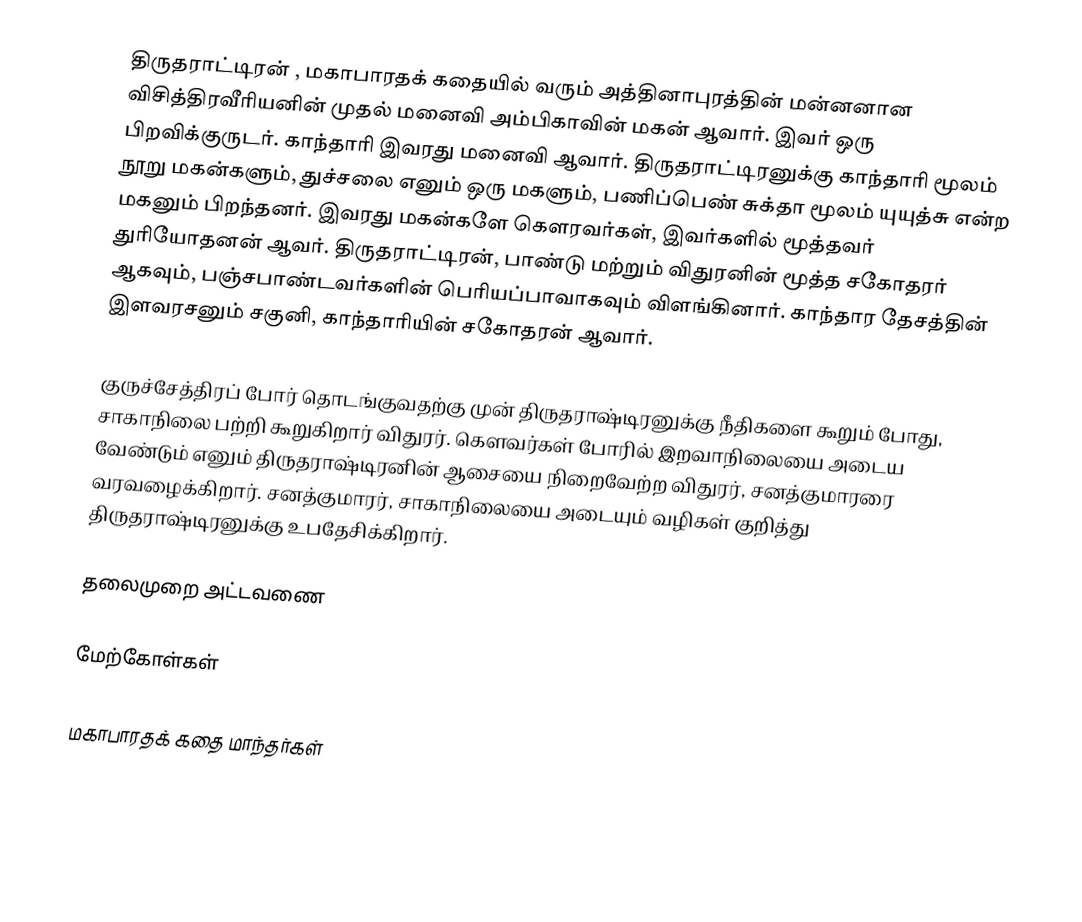
திருதராட்டிரன் , மகாபாரதக் கதையில் வரும் அத்தினாபுரத்தின் மன்னனான விசித்திரவீரியனின் முதல் மனைவி அம்பிகாவின் மகன் ஆவார். இவர் ஒரு பிறவிக்குருடர். காந்தாரி இவரது மனைவி ஆவார். திருதராட்டிரனுக்கு காந்தாரி மூலம் நூறு மகன்களும், துச்சலை எனும் ஒரு மகளும், பணிப்பெண் சுக்தா மூலம் யுயுத்சு என்ற மகனும் பிறந்தனர். இவரது மகன்களே கௌரவர்கள், இவர்களில் மூத்தவர் துரியோதனன் ஆவர். திருதராட்டிரன், பாண்டு மற்றும் விதுரனின் மூத்த சகோதரர் ஆகவும், பஞ்சபாண்டவர்களின் பெரியப்பாவாகவும் விளங்கினார். காந்தார தேசத்தின் இளவரசனும் சகுனி, காந்தாரியின் சகோதரன் ஆவார்.

குருச்சேத்திரப் போர்  தொடங்குவதற்கு முன் திருதராஷ்டிரனுக்கு நீதிகளை கூறும் போது, சாகாநிலை பற்றி கூறுகிறார் விதுரர். கெளவர்கள் போரில் இறவாநிலையை அடைய வேண்டும் எனும் திருதராஷ்டிரனின் ஆசையை நிறைவேற்ற விதுரர்,  சனத்குமாரரை வரவழைக்கிறார். சனத்குமாரர், சாகாநிலையை அடையும் வழிகள் குறித்து திருதராஷ்டிரனுக்கு உபதேசிக்கிறார்.

தலைமுறை அட்டவணை

மேற்கோள்கள்

மகாபாரதக் கதை மாந்தர்கள்